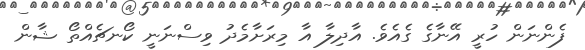
ފެންނަން ހުރީ އޭނާގެ ގެއެވެ. އާދިލާ އާ މިރަށާމެދު ވިސްނަނީ ކޯނޗެއްތޯ ޝާން